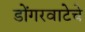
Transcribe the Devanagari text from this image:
डोंगरवाटेचे